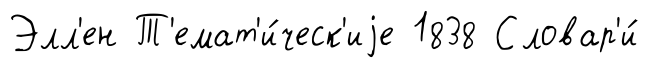
Элл'ен Т'емат'и́ческ'иjе 1838 Словар'и́